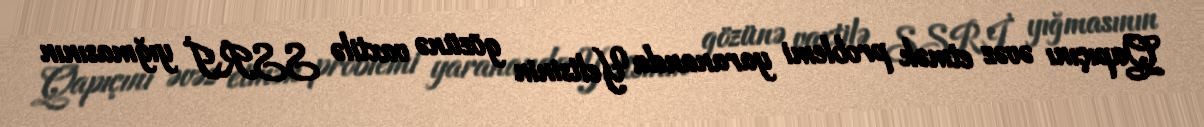
Qapıçını əvəz etmək problemi yarananda Yeltsinin gözünə vaxtilə SSRİ yığmasının